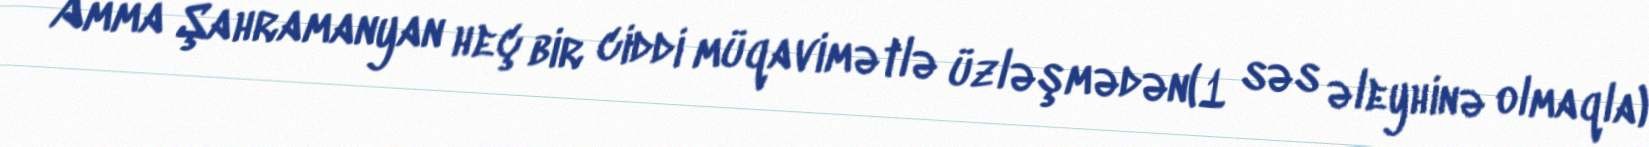
Amma Şahramanyan heç bir ciddi müqavimətlə üzləşmədən(1 səs əleyhinə olmaqla)